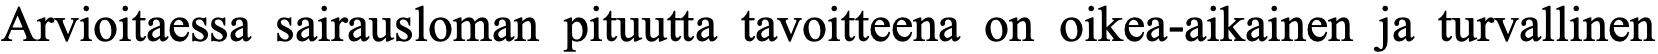
Arvioitaessa sairausloman pituutta tavoitteena on oikea-aikainen ja turvallinen